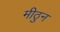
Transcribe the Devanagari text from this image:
मीठुन